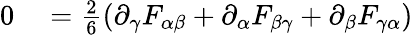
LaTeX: \begin{array}{rl}{0}&{{}={\begin{array}{l}{{\frac{2}{6}}}\end{array}}(\partial_{\gamma}F_{\alpha\beta}+\partial_{\alpha}F_{\beta\gamma}+\partial_{\beta}F_{\gamma\alpha})}\end{array}